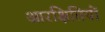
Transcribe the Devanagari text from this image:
आरक्षितियों